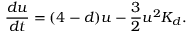
\frac { d u } { d t } = ( 4 - d ) u - \frac { 3 } { 2 } u ^ { 2 } K _ { d } .